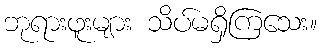
ဘုရားဖူးများ သိပ်မရှိကြသေး။